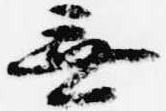
無